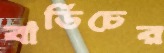
বার্ডিচের